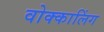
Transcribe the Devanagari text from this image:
वोक्कालिंग